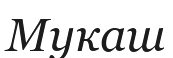
Мукаш